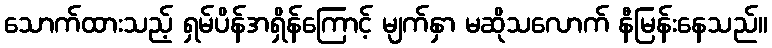
သောက်ထားသည့် ရှမ်ပိန်အရှိန်ကြောင့် မျက်နှာ မဆိုသလောက် နီမြန်းနေသည်။